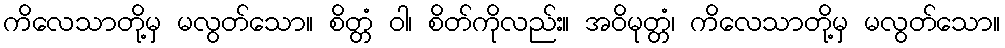
ကိလေသာတို့မှ မလွတ်သော။ စိတ္တံ ဝါ၊ စိတ်ကိုလည်း။ အဝိမုတ္တံ၊ ကိလေသာတို့မှ မလွတ်သော။